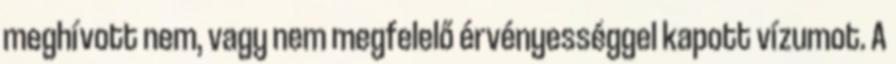
meghívott nem, vagy nem megfelelő érvényességgel kapott vízumot. A